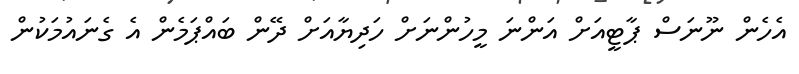
އެހެން ނޫނަސް ޕާޓީއަށް އަންނަ މީހުންނަށް ހަދިޔާއަށް ދޭން ބައްޕަމެން އެ ގެނައުމަކުން